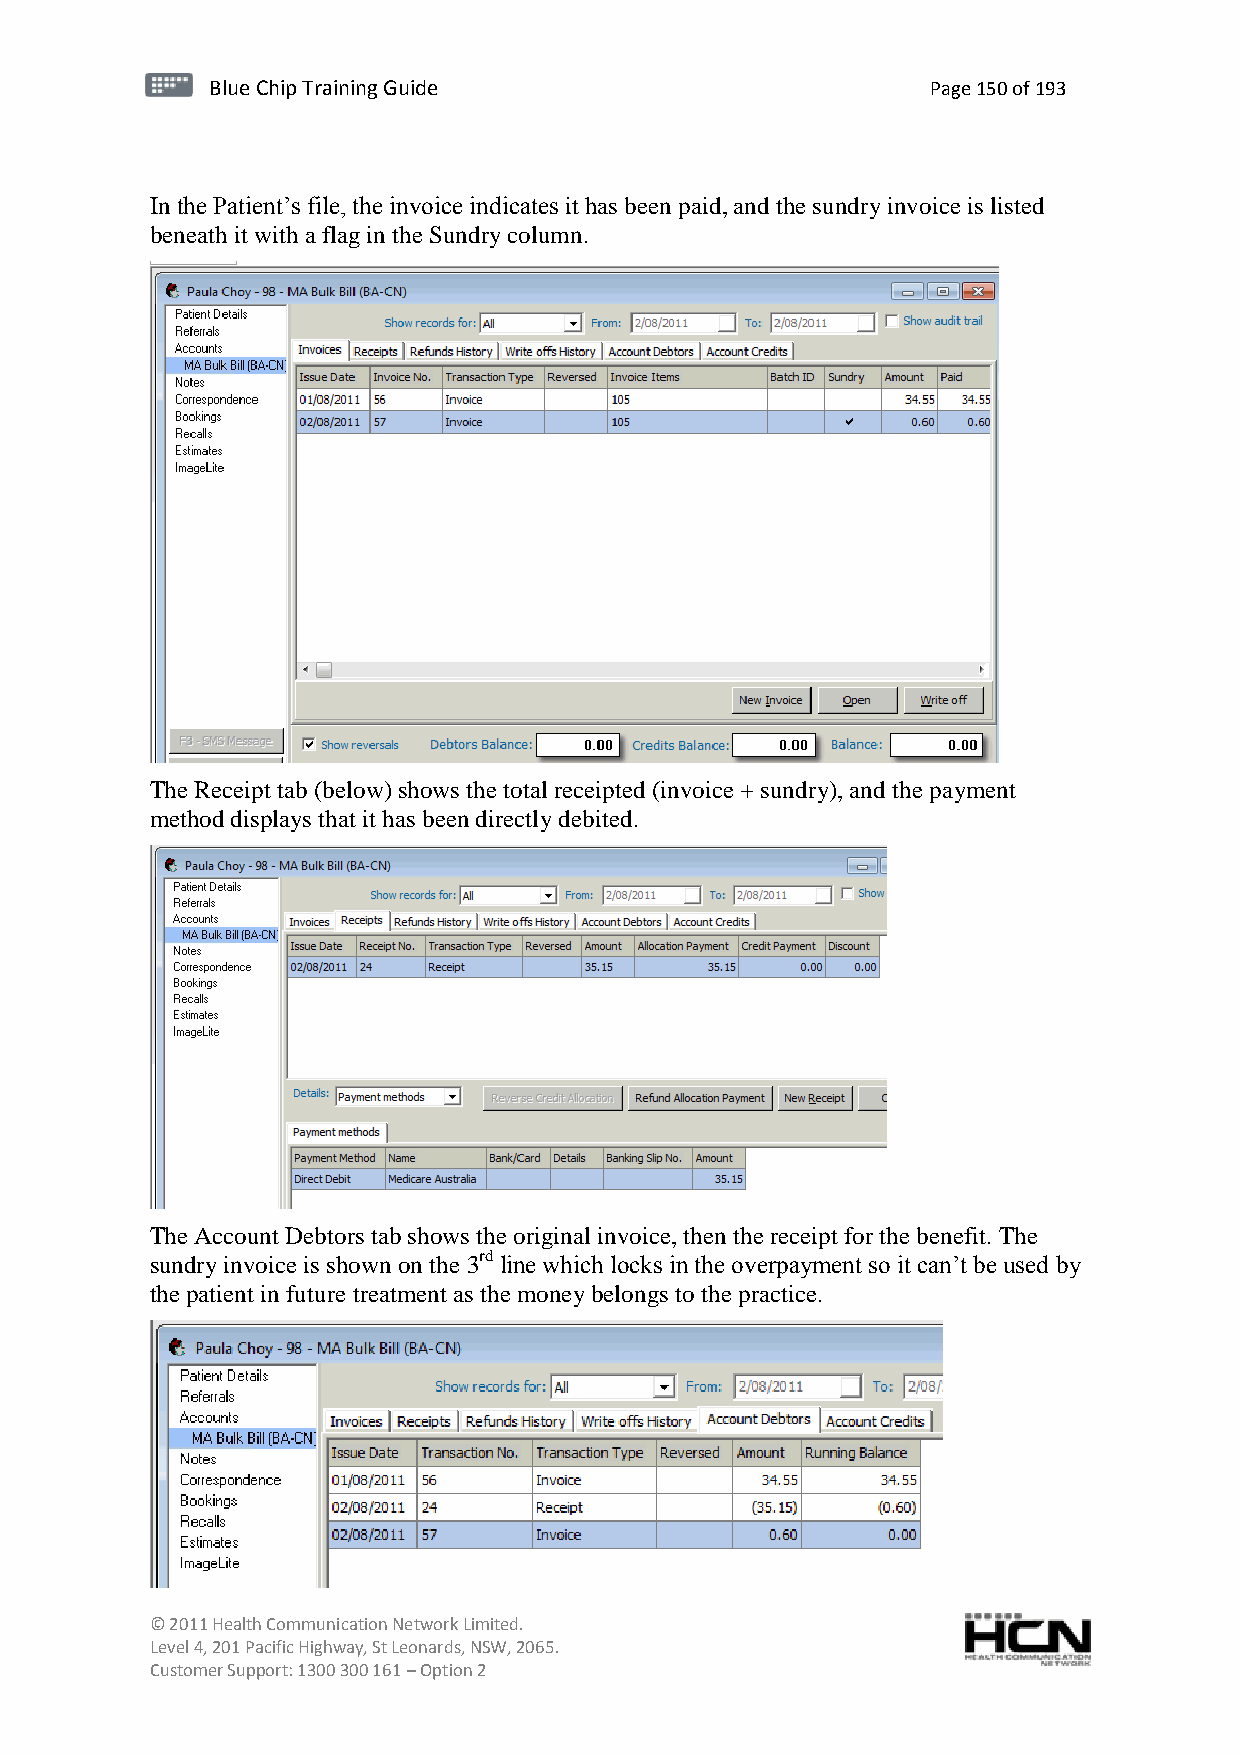
BBlluuee C Chihpi pTr Tairnainingi Gnugi dGeu ide Page 150 of 193
 In the Patient’s file, the invoice indicates it has been paid, and the sundry invoice is listed
 beneath it with a flag in the Sundry column.
 The Receipt tab (below) shows the total receipted (invoice + sundry), and the payment
 method displays that it has been directly debited.
 The Account Debtors tab shows the original invoice, then the receipt for the benefit. The
 sundry invoice is shown on the 3rd line which locks in the overpayment so it can’t be used by
 the patient in future treatment as the money belongs to the practice.
 © 2011 Health Communication Network Limited.
 Level 4, 201 Pacific Highway, St Leonards, NSW, 2065.
 Customer Support: 1300 300 161 – Option 2